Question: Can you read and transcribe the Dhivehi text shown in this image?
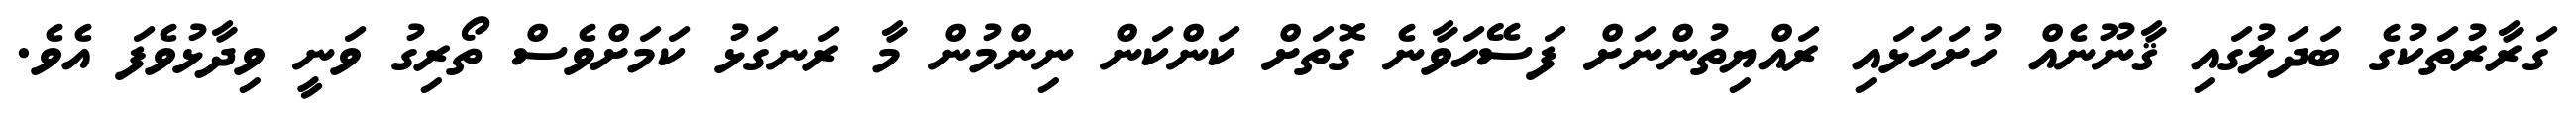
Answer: ގަރާރުތަކުގެ ބަދަލުގައި ޤާނޫނެއް ހުށަހަޅައި ރައްޔިތުންނަށް ފަސޭހަވާނެ ގޮތަށް ކަންކަން ނިންމުން މާ ރަނގަޅު ކަމަށްވެސް ތޯރިގު ވަނީ ވިދާޅުވެފަ އެވެ.